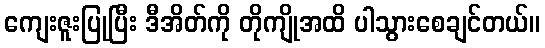
ကျေးဇူးပြုပြီး ဒီအိတ်ကို တိုကျိုအထိ ပါသွားစေချင်တယ်။